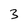
Character: 3